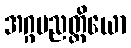
အဂ္ဂပညတ္တိယော